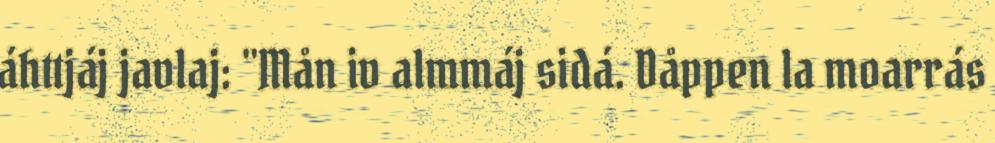
áhttjáj javlaj: "Mån iv almmáj sidá. Dåppen la moarrás